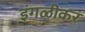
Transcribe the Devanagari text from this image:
इंगळीकर